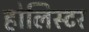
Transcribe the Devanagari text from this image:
होलिस्टर